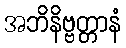
အဘိနိဗ္ဗတ္တာနံ